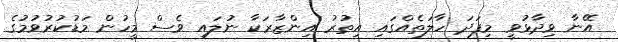
އޭނާ ވިދާޅުވީ މިފަދަ ހާލަތެއްގައި އިތުރު އިންޒާރަކާ ނުލައި ވެސް މީހުން މަޑުކުރުވުމުގެ